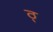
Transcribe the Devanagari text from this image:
ठ्‌